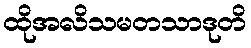
ထိုအလိသမတသာဒုတိ